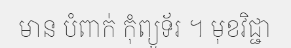
មាន បំពាក់ កុំព្យូទ័រ ។ មុខវិជ្ជា